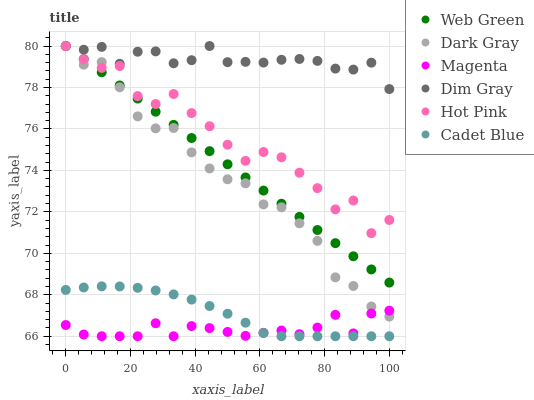
| xaxis_label | Web Green | Dark Gray | Magenta | Dim Gray | Hot Pink | Cadet Blue |
 | --- | --- | --- | --- | --- | --- | --- |
 | 0 | 80 | 80 | 66.5 | 80 | 80 | 68.2 |
 | 5.56 | 79.4 | 79.1 | 66.1 | 79.8 | 79.4 | 68.4 |
 | 11.1 | 78.7 | 79.2 | 66 | 80 | 78.9 | 68.4 |
 | 16.7 | 78.1 | 78 | 66 | 79.1 | 79 | 68.4 |
 | 22.2 | 77.5 | 76.6 | 66 | 79.7 | 77.6 | 68.3 |
 | 27.8 | 76.8 | 76 | 66.6 | 79.7 | 77.2 | 68.2 |
 | 33.3 | 76.2 | 76 | 66 | 79.2 | 77.7 | 68 |
 | 38.9 | 75.6 | 74.9 | 66.5 | 79.3 | 76.8 | 67.8 |
 | 44.4 | 74.9 | 74.1 | 66.4 | 80 | 76.1 | 67.5 |
 | 50 | 74.3 | 73.6 | 66.2 | 79.2 | 75.2 | 67.1 |
 | 55.6 | 73.7 | 73.4 | 66 | 79.2 | 74.5 | 66.7 |
 | 61.1 | 73 | 72.4 | 66.2 | 79.2 | 74.9 | 66.2 |
 | 66.7 | 72.4 | 72.2 | 66.3 | 79.3 | 74.6 | 66 |
 | 72.2 | 71.8 | 71.4 | 66.1 | 79.4 | 73.9 | 66 |
 | 77.8 | 71.1 | 70.6 | 66.4 | 79.3 | 73.1 | 66 |
 | 83.3 | 70.5 | 68.8 | 67 | 78.9 | 72.1 | 66 |
 | 88.9 | 69.9 | 68.4 | 66.1 | 78.9 | 72.5 | 66 |
 | 94.4 | 69.2 | 67.4 | 67.1 | 79.2 | 71 | 66 |
 | 100 | 68.6 | 66.9 | 67.2 | 77.9 | 71.6 | 66 |